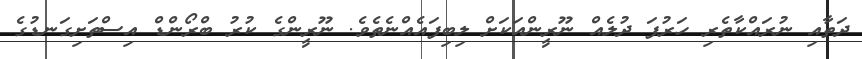
ދަތާއި ނުރައްކާތެރި ހަރުފަ ދުލެއް ނޫރީންއަކަށް ލިބިފައެއްނެތެވެ. ނޫރީންގެ ކުރު ބްރޯންޑް އިސްތަށިގަނޑުގެ